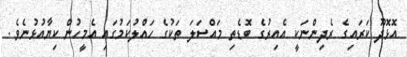
އޮޅޮދޫ ކަރައިގެ ރެދިންނަކީ އެއިރުގެ ބޮޑެތި މައްސަލަ ތަކުގެ ހައްލުކަމުގައި އެމީހުން ކިޔާއުޅުނެވެ.